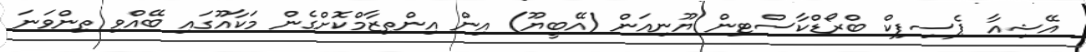
އޭޝިއާ ޕެސިފިކް ބްރޯޑްކާސްޓިން ޔޫނިއަން (އޭބީޔޫ) އިން އިންތިޒާމްކޮށްގެން މަކާއޫގައި ބޭއްވި ތިންވަނަ